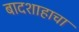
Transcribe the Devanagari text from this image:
बादशाहाचा